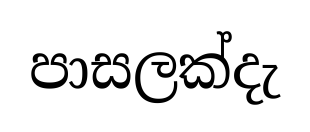
පාසලක්දැ